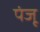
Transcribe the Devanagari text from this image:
पंजू